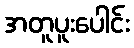
အတူပူးပေါင်း